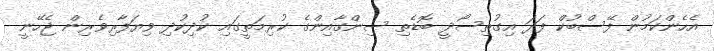
އެހެންކަމުން ފޭސްބުކް ފަދަ އިގުތިސޯދީ ބޮޑެތި ސިންގާއިންގެ ކުރިމަތީގައި ކުދިކުދި ވިޔަފާރިވެރިން ޖެހޭނީ